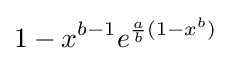
1-x^{b-1}e^{{\frac {a}{b}}(1-x^{b})}